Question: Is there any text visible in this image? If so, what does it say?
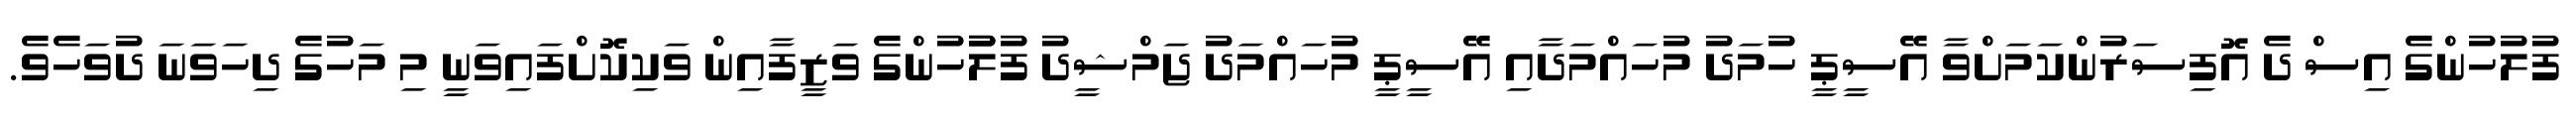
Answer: ފުލުހުންގެ އިސް ދެ އޮފިސަރުންކަމަށްވާ އޭސީޕީ ހުމަދު މުހައްމަދާއި އޭސީޕީ މުހައްމަދު ޖަމްޝީދު ފުލުުހުންގެ ވަޒީފާއިން ވަކިކޮށްފައިވަނީ މި މަހުގެ ދިހަވަނަ ދުވަހެވެ.